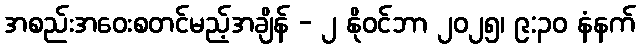
အစည်းအဝေးစတင်မည့်အချိန် - ၂ နိုဝင်ဘာ ၂၀၂၅၊ ၉:၃၀ နံနက်